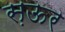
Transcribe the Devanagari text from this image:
स़ऊर